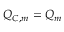
Q _ { C , m } = Q _ { m }